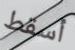
أسقط